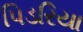
પિડરિયા